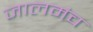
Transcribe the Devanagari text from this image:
जालमंच